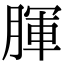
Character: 腪